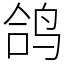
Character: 鸽